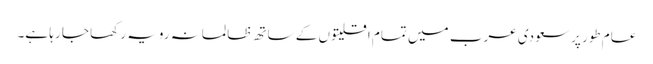
عام طور پر سعودی عرب میں تمام اقلیتوں کے ساتھ ظالمانہ رویہ رکھا جا رہا ہے۔